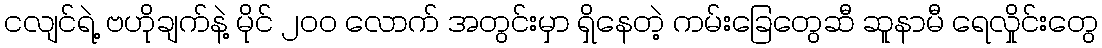
ငလျင်ရဲ့ ဗဟိုချက်နဲ့ မိုင် ၂၀၀ လောက် အတွင်းမှာ ရှိနေတဲ့ ကမ်းခြေတွေဆီ ဆူနာမီ ရေလှိုင်းတွေ